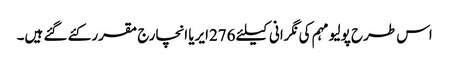
اس طرح پولیو مہم کی نگرانی کیلئے 276ایریا انچارج مقرر کئے گئے ہیں۔